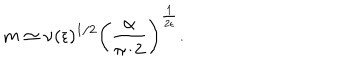
LaTeX: m \simeq \nu ( { \epsilon } ) ^ { 1 / 2 } \left( \frac { \alpha } { \pi / 2 } \right) ^ { \frac { 1 } { 2 \epsilon } } .